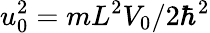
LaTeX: u_{0}^{2}=mL^{2}V_{0}/2\hbar^{2}